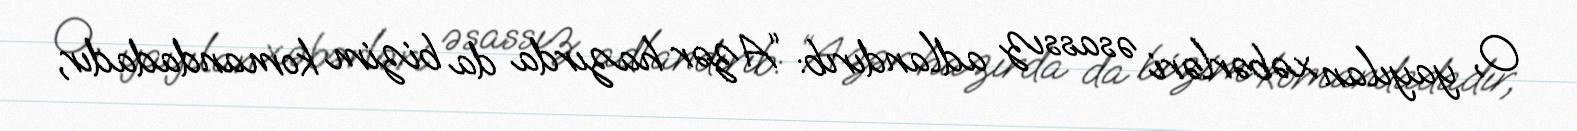
O, yayılan xəbərləri əsassız adlandırıb: “Azər hazırda da bizim komandadadır,